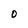
Character: O